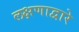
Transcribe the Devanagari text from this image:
लक्षणाद्वारे